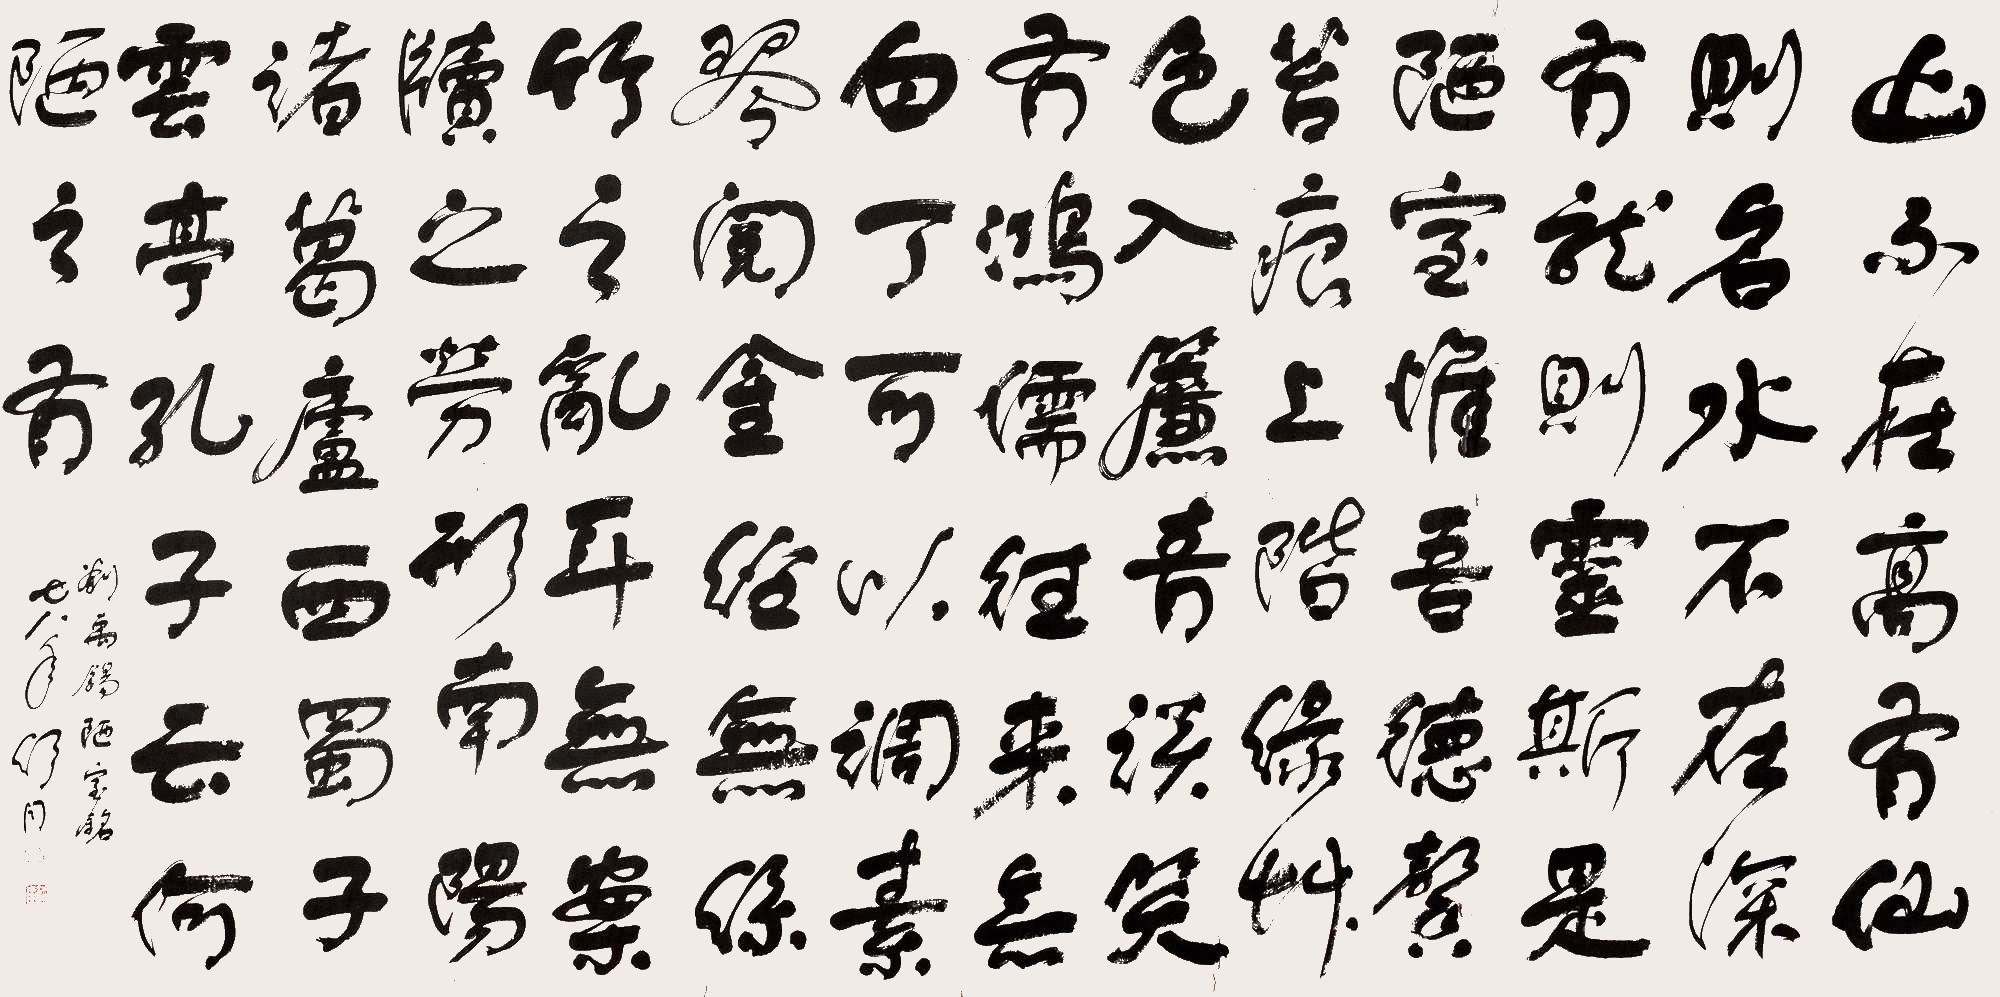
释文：山不在高，有仙则名。水不在深，有龙则灵。斯是陋室，惟吾德馨。苔痕上阶绿，草色入帘青。谈笑有鸿儒，往来无白丁。可以调素琴，阅金经。无丝竹之乱耳，无案牍之劳形。南阳诸葛庐，西蜀子云亭。孔子云：何陋之有？刘禹锡陋室铭。七八年舒同。